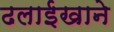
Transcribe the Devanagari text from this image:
ढलाईखाने